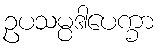
ဥပသမ္ပဒါပေက္ခာ